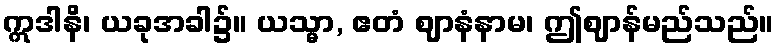
ဣဒါနိ၊ ယခုအခါ၌။ ယသ္မာ, ဧတံ ဈာနံနာမ၊ ဤဈာန်မည်သည်။